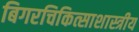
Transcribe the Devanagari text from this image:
बिगरचिकित्साशास्त्रीय